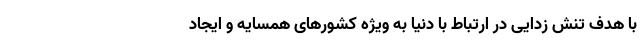
با هدف تنش زدایی در ارتباط با دنیا به ویژه کشورهای همسایه و ایجاد